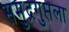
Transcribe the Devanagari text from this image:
समुद्रगुप्तला